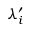
\lambda _ { i } ^ { \prime }